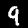
Digit: 9